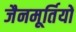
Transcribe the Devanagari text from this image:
जैनमूर्तियों